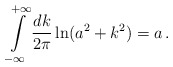
\begin{align*}\int\limits_{-\infty}^{+\infty}\frac{dk}{2\pi}\ln (a^2+k^2)=a\,{.}\end{align*}